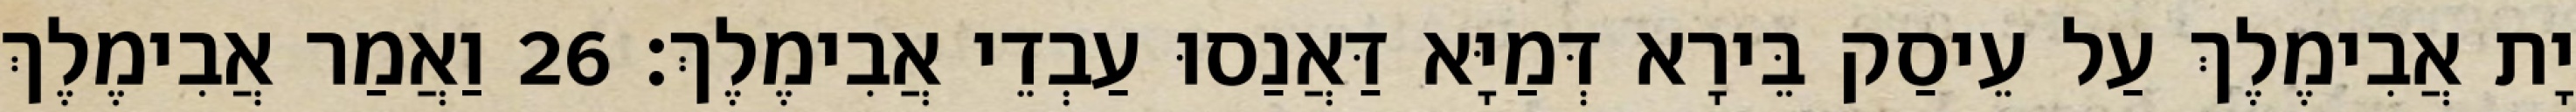
יָת אֲבִימֶלֶךְ עַל עֵיסַק בֵּירָא דְּמַיָּא דַּאֲנַסוּ עַבְדֵי אֲבִימֶלֶךְ׃ 26 וַאֲמַר אֲבִימֶלֶךְ